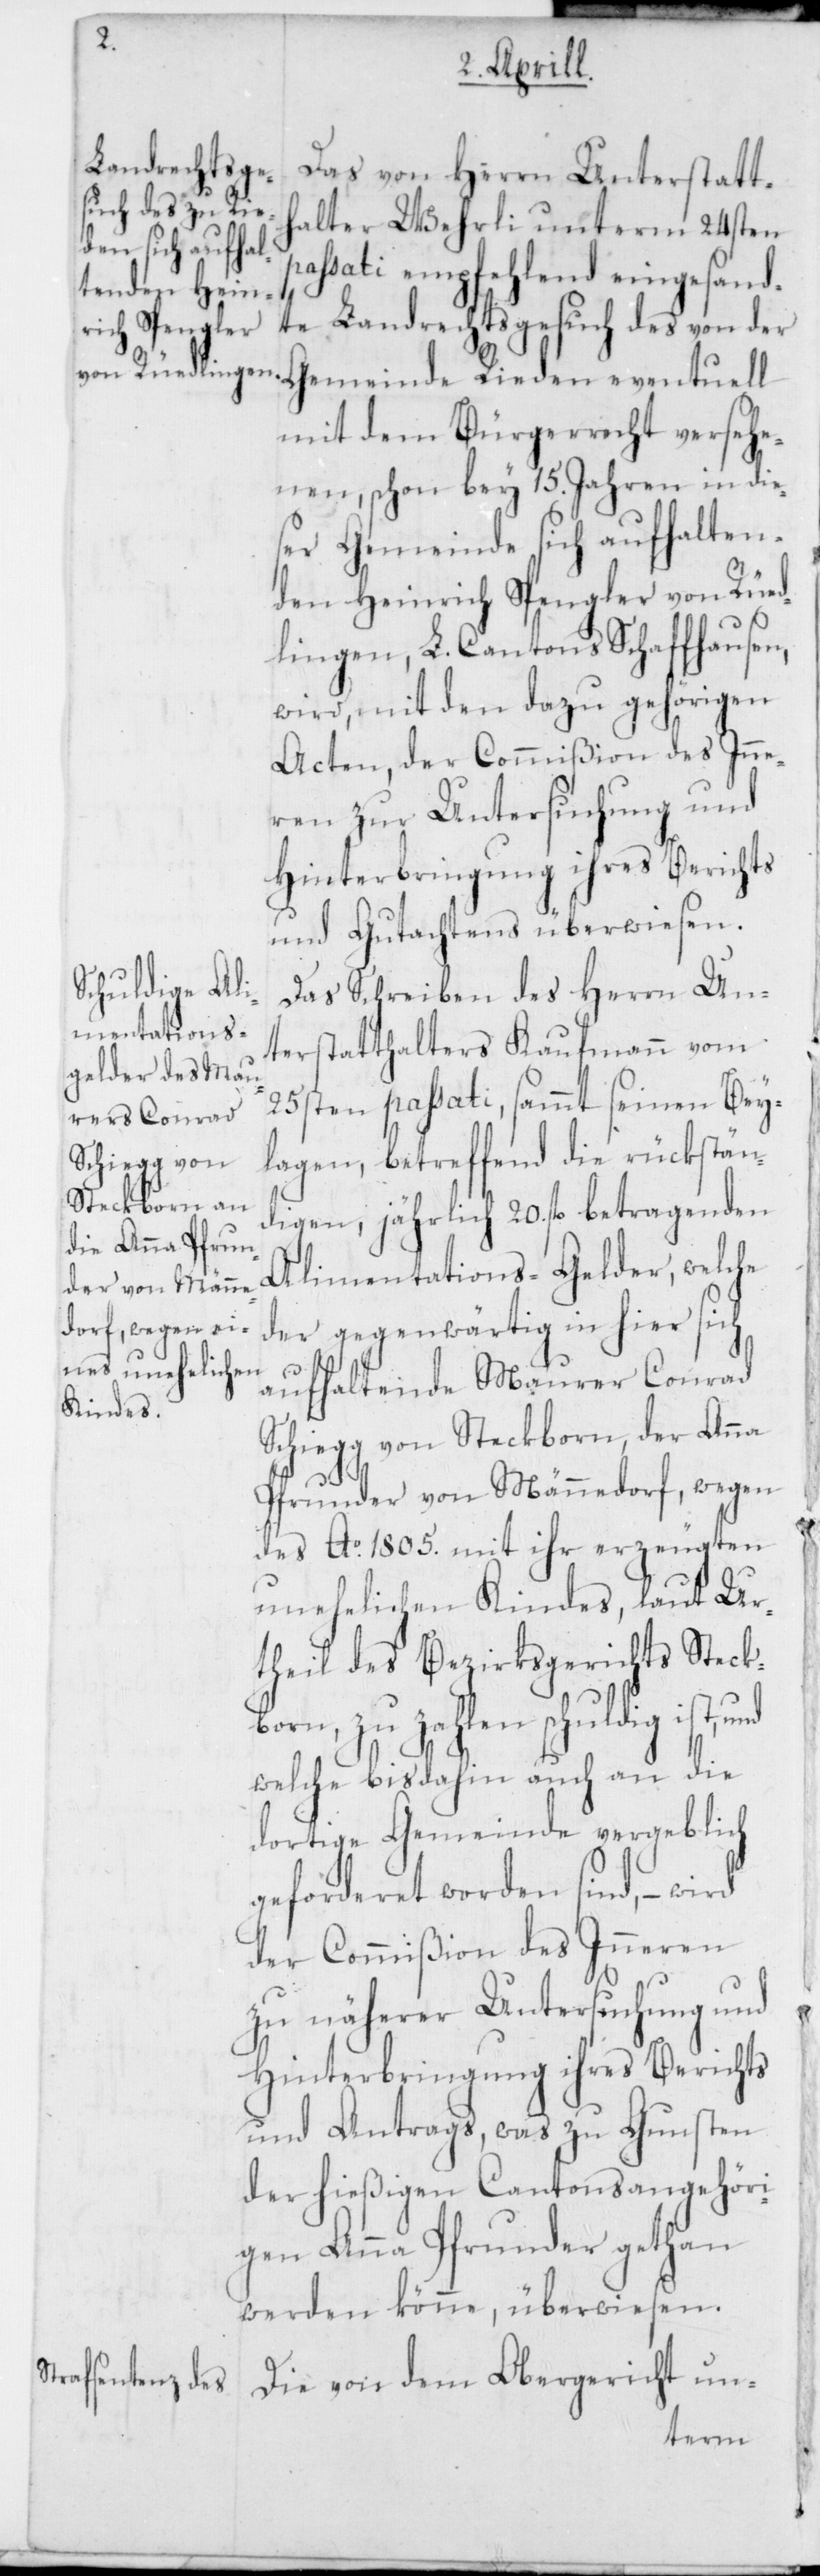
Das von Herrn Unterstatt¬
halter Wehrli unterm 24sten
passati empfehlend eingesand¬
te Landrechtsgesuch des von der
Gemeinde Rieden eventuell
mit dem Bürgerrecht versehe¬
nen, schon bey 15. Jahren in die¬
ser Gemeinde sich aufhalten¬
den Heinrich Spengler von Rüed¬
lingen, L. Cantons Schaffhausen,
wird, mit den dazu gehörigen
Acten, der Commißion des Inne¬
rn zur Untersuchung und
Hinterbringung ihres Berichts
und Gutachtens überwiesen.
Das Schreiben des Herrn Un¬
terstatthalters Kaufmann vom
25sten passati, sammt seinen Bey¬
lagen, betreffend die rückstän¬
digen, jährlich 20 fl. betragenden
Alimentations-Gelder, welche
der gegenwärtig in hier sich
aufhaltende Maurer Conrad
Schiegg von Steckborn, der Anna
Pfrunder von Männedorf, wegen
des Ao 1805. mit ihr erzeugten
unehelichen Kindes, laut Ur¬
theil des Bezirksgerichts Steckb¬
orn, zu zahlen schuldig ist,
welche bis dahin auch an die
dortige Gemeinde vergeblich
geforderet worden sind, – wird
der Commißion des Inneren
zu näherer Untersuchung und
Hinterbringung ihres Berichts
und Antrags, was zu Gunsten
der hießigen Cantonsangehöri¬
gen Anna Pfrunder gethan
werden könne, überwiesen.
Die von dem Obergericht un-